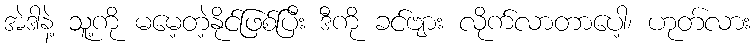
အဲဒါနဲ့ သူ့ကို မမေ့တဲ့နိုင်ဖြစ်ပြီး ဒီကို ခင်ဗျား လိုက်လာတာပေါ့၊ ဟုတ်လား